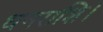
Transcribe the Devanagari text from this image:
धनराशि।